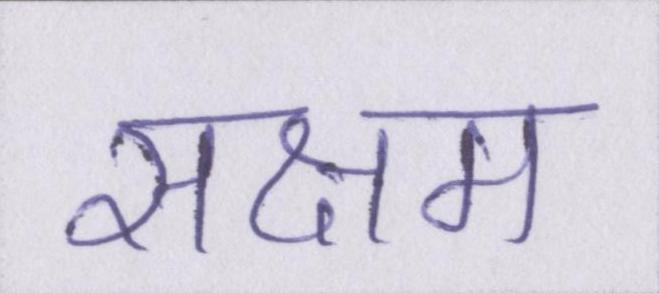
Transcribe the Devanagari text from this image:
सक्षम